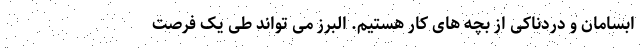
ابسامان و دردناکی از بچه های کار هستیم. البرز می تواند طی یک فرصت